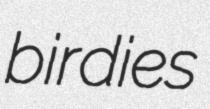
birdies